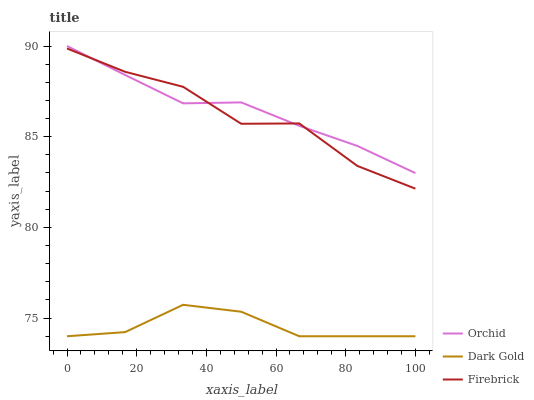
| xaxis_label | Orchid | Dark Gold | Firebrick |
 | --- | --- | --- | --- |
 | 0 | 90 | 74 | 89.9 |
 | 16.7 | 88.4 | 74.2 | 88.6 |
 | 33.3 | 86.8 | 75.7 | 87.8 |
 | 50 | 86.9 | 75.4 | 85.7 |
 | 66.7 | 85.6 | 74 | 85.7 |
 | 83.3 | 84.5 | 74 | 83.4 |
 | 100 | 83 | 74 | 82.1 |